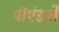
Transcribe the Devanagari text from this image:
पीएंडपी